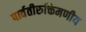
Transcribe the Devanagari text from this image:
पार्वतीरुक्तिमणीय